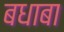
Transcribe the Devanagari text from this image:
बधाबा